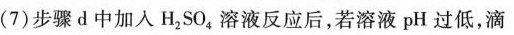
(7)步骤d中加入H_{2} S O_{4}溶液反应后，若溶液pH过低，滴